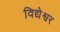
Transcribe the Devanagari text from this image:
विद्येश्वर